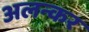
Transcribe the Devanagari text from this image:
अलन्कर